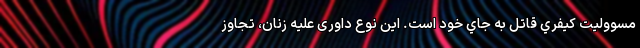
مسووليت كيفري قاتل به جاي خود است. اين نوع داوری علیه زنان، تجاوز